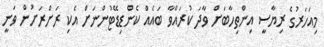
މިއަހަރުގެ ރިޔާސީ އިންތިހާބަށް ވާދަ ކުރައްވާ ބައެއް ކެންޑިޑޭޓުންނަށް އެކި ރަށްރަށުން ވަނީ